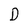
Character: D